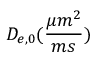
D _ { e , 0 } ( \frac { \mu m ^ { 2 } } { m s } )